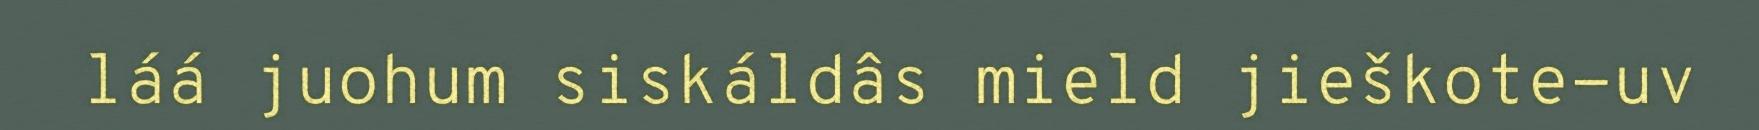
láá juohum siskáldâs mield jieškote-uv